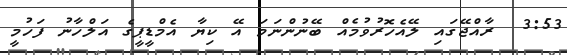
3:53  ރާއްޖޭގައި ލޭއެހޮރުވުމެއް ބޭނުންނަމަ އޭ ކިޔާ އެމްޑީޕީގެ އަލްހާނު ފަހުމީ